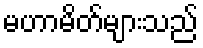
မဟာမိတ်များသည်